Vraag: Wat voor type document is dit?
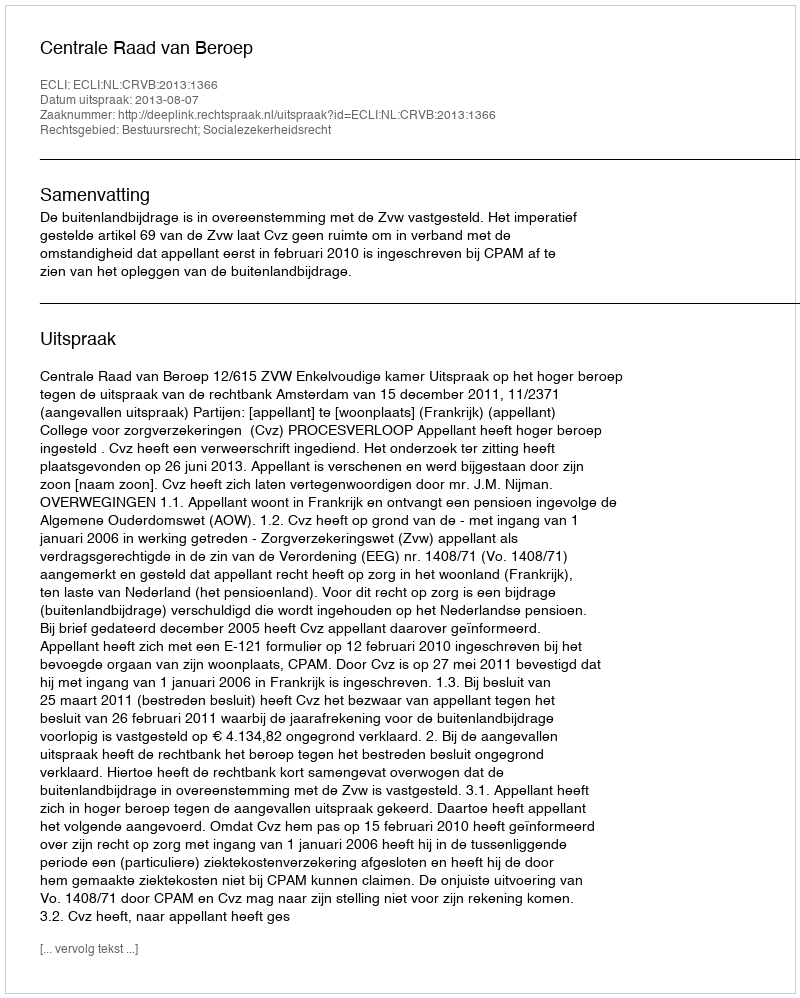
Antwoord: Uitspraak